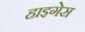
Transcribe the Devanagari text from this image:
हाइगेस